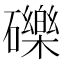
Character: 礫